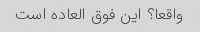
واقعا؟ این فوق العاده است